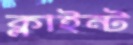
ক্লাইন্ট